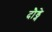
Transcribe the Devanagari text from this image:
दौड्ने